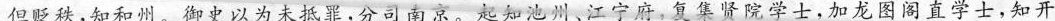
但贬秩，知和州。御史以为未抵罪，分司南京。起知池州、江宁府，复集贤院学士，加龙图阁直学士，知开